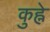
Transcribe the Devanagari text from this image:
कुह्ने